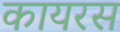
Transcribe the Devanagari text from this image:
कायरस